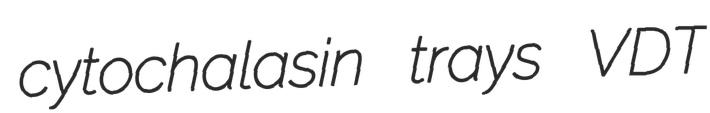
cytochalasin trays VDT